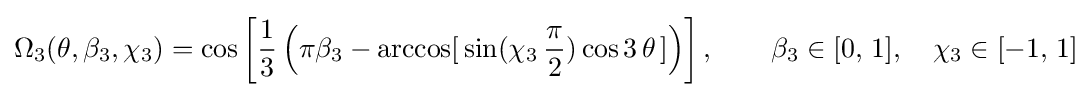
\Omega _{3}(\theta ,\beta _{3},\chi _{3})=\cos \left[\displaystyle {\frac {1}{3}}\left(\pi \beta _{3}-\arccos[\,\sin(\chi _{3}\,{\frac {\pi }{2}})\,\!\cos 3\,\theta \,]\right)\right],\qquad \beta _{3}\in [0,\,1],\quad \chi _{3}\in [-1,\,1]